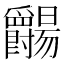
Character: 𬋺